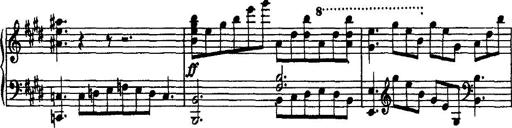
Title: Rondo di bravura
Composer: Franz Liszt